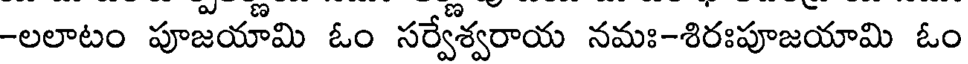
-లలాటం పూజయామి ఓం సర్వేశ్వరాయ నమః-శిరఃపూజయామి ఓం